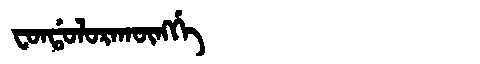
Manchu: ᠸᠣᠨᡩᠣᠯᠣᡵᠠᡴᡡᠩᡤᡝ
Romanization: FONDOLORAKŪNGGE